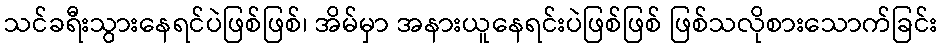
သင်ခရီးသွားနေရင်ပဲဖြစ်ဖြစ်၊ အိမ်မှာ အနားယူနေရင်းပဲဖြစ်ဖြစ် ဖြစ်သလိုစားသောက်ခြင်း